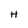
Character: H